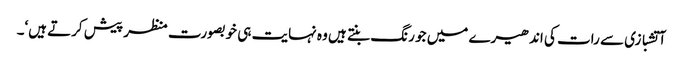
آتشبازی سے رات کی اندھیرے میں جو رنگ بنتے ہیں وہ نہایت ہی خوبصورت منظر پیش کرتے ہیں‘۔